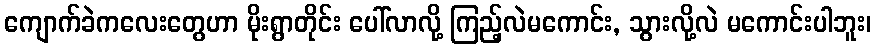
ကျောက်ခဲကလေးတွေဟာ မိုးရွာတိုင်း ပေါ်လာလို့ ကြည့်လဲမကောင်း, သွားလို့လဲ မကောင်းပါဘူး၊